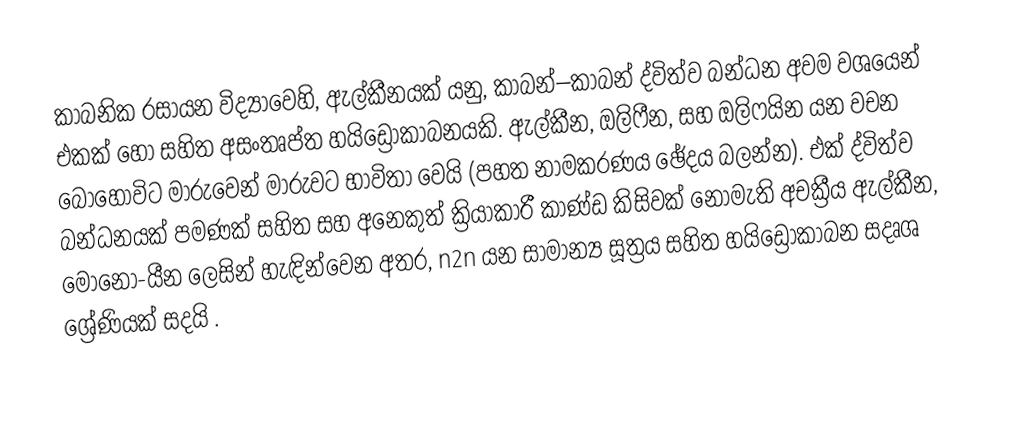
කාබනික රසායන විද්‍යාවෙහි, ඇල්කීනයක් යනු, කාබන්–කාබන් ද්විත්ව බන්ධන අවම වශයෙන් එකක් හෝ සහිත   අසංතෘප්ත හයිඩ්‍රෝකාබනයකි.  ඇල්කීන, ඔලිෆීන, සහ ඔලිෆයින යන වචන බොහෝවිට මාරුවෙන් මාරුවට භාවිතා වෙයි (පහත නාමකරණය ඡේදය බලන්න). එක් ද්විත්ව බන්ධනයක් පමණක් සහිත සහ අනෙකුත් ක්‍රියාකාරී කාණ්ඩ කිසිවක් නොමැති අචක්‍රීය ඇල්කීන, මොනො-යීන ලෙසින් හැඳින්වෙන අතර, n2n යන සාමාන්‍ය සූත්‍රය සහිත හයිඩ්‍රොකාබන  සදෘශ ශ්‍රේණියක් සදයි  .